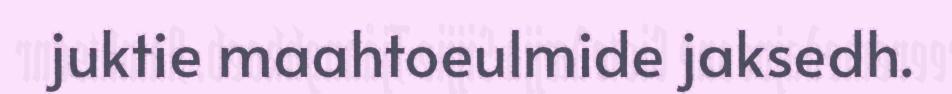
juktie maahtoeulmide jaksedh.